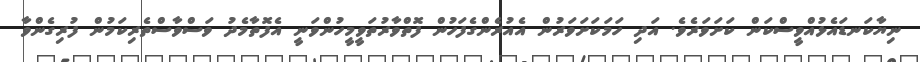
ނިޔާކަނޑައެޅުއްވީސްކަން ކަށަވަރެވެ. އަދި ހަމަކަށަވަރުން އެއުރެންގެފަހުން ފޮތްވާރުތަވީމީހުންވަނީ އެފޮތާމެދު ވަސްވާސްތެރިކަމުން ފުރިގެންވާ